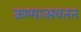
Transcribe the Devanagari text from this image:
ऊष्माअयनन